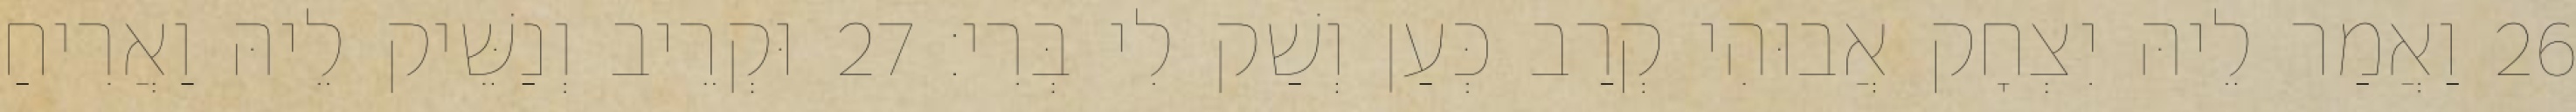
26 וַאֲמַר לֵיהּ יִצְחָק אֲבוּהִי קְרַב כְּעַן וְשַׁק לִי בְּרִי׃ 27 וּקְרֵיב וְנַשֵּׁיק לֵיהּ וַאֲרִיחַ